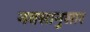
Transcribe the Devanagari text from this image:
नवसानुसार